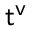
{ \sf t ^ { v } }